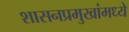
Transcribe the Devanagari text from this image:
शासनप्रमुखांमध्ये